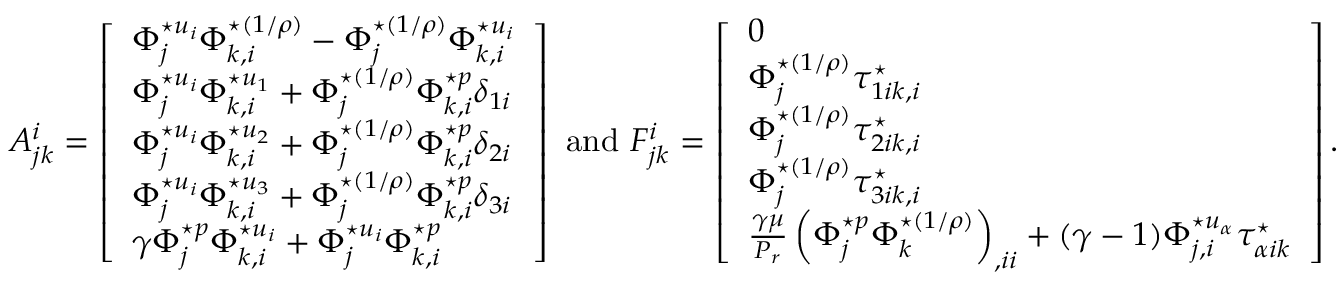
A _ { j k } ^ { i } = \left[ \begin{array} { l } { \Phi _ { j } ^ { \star u _ { i } } \Phi _ { k , i } ^ { \star ( 1 / \rho ) } - \Phi _ { j } ^ { \star ( 1 / \rho ) } \Phi _ { k , i } ^ { \star u _ { i } } } \\ { \Phi _ { j } ^ { \star u _ { i } } \Phi _ { k , i } ^ { \star u _ { 1 } } + \Phi _ { j } ^ { \star ( 1 / \rho ) } \Phi _ { k , i } ^ { \star p } \delta _ { 1 i } } \\ { \Phi _ { j } ^ { \star u _ { i } } \Phi _ { k , i } ^ { \star u _ { 2 } } + \Phi _ { j } ^ { \star ( 1 / \rho ) } \Phi _ { k , i } ^ { \star p } \delta _ { 2 i } } \\ { \Phi _ { j } ^ { \star u _ { i } } \Phi _ { k , i } ^ { \star u _ { 3 } } + \Phi _ { j } ^ { \star ( 1 / \rho ) } \Phi _ { k , i } ^ { \star p } \delta _ { 3 i } } \\ { \gamma \Phi _ { j } ^ { \star p } \Phi _ { k , i } ^ { \star u _ { i } } + \Phi _ { j } ^ { \star u _ { i } } \Phi _ { k , i } ^ { \star p } } \end{array} \right] \mathrm { ~ a n d ~ } F _ { j k } ^ { i } = \left[ \begin{array} { l } { 0 } \\ { \Phi _ { j } ^ { \star ( 1 / \rho ) } \tau _ { 1 i k , i } ^ { \star } } \\ { \Phi _ { j } ^ { \star ( 1 / \rho ) } \tau _ { 2 i k , i } ^ { \star } } \\ { \Phi _ { j } ^ { \star ( 1 / \rho ) } \tau _ { 3 i k , i } ^ { \star } } \\ { \frac { \gamma \mu } { P _ { r } } \left( \Phi _ { j } ^ { \star p } \Phi _ { k } ^ { \star ( 1 / \rho ) } \right) _ { , i i } + ( \gamma - 1 ) \Phi _ { j , i } ^ { \star u _ { \alpha } } \tau _ { \alpha i k } ^ { \star } } \end{array} \right] .